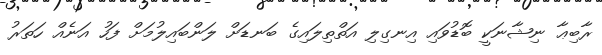
ރާބިޢާ ނިޝާނަކީ ބޮޑުވައި އިނގިލި އަތްތިލައިގެ ބަނޑަށް ލަންބައިލުމަށް ފަހު އަނެއް ހަތަރު